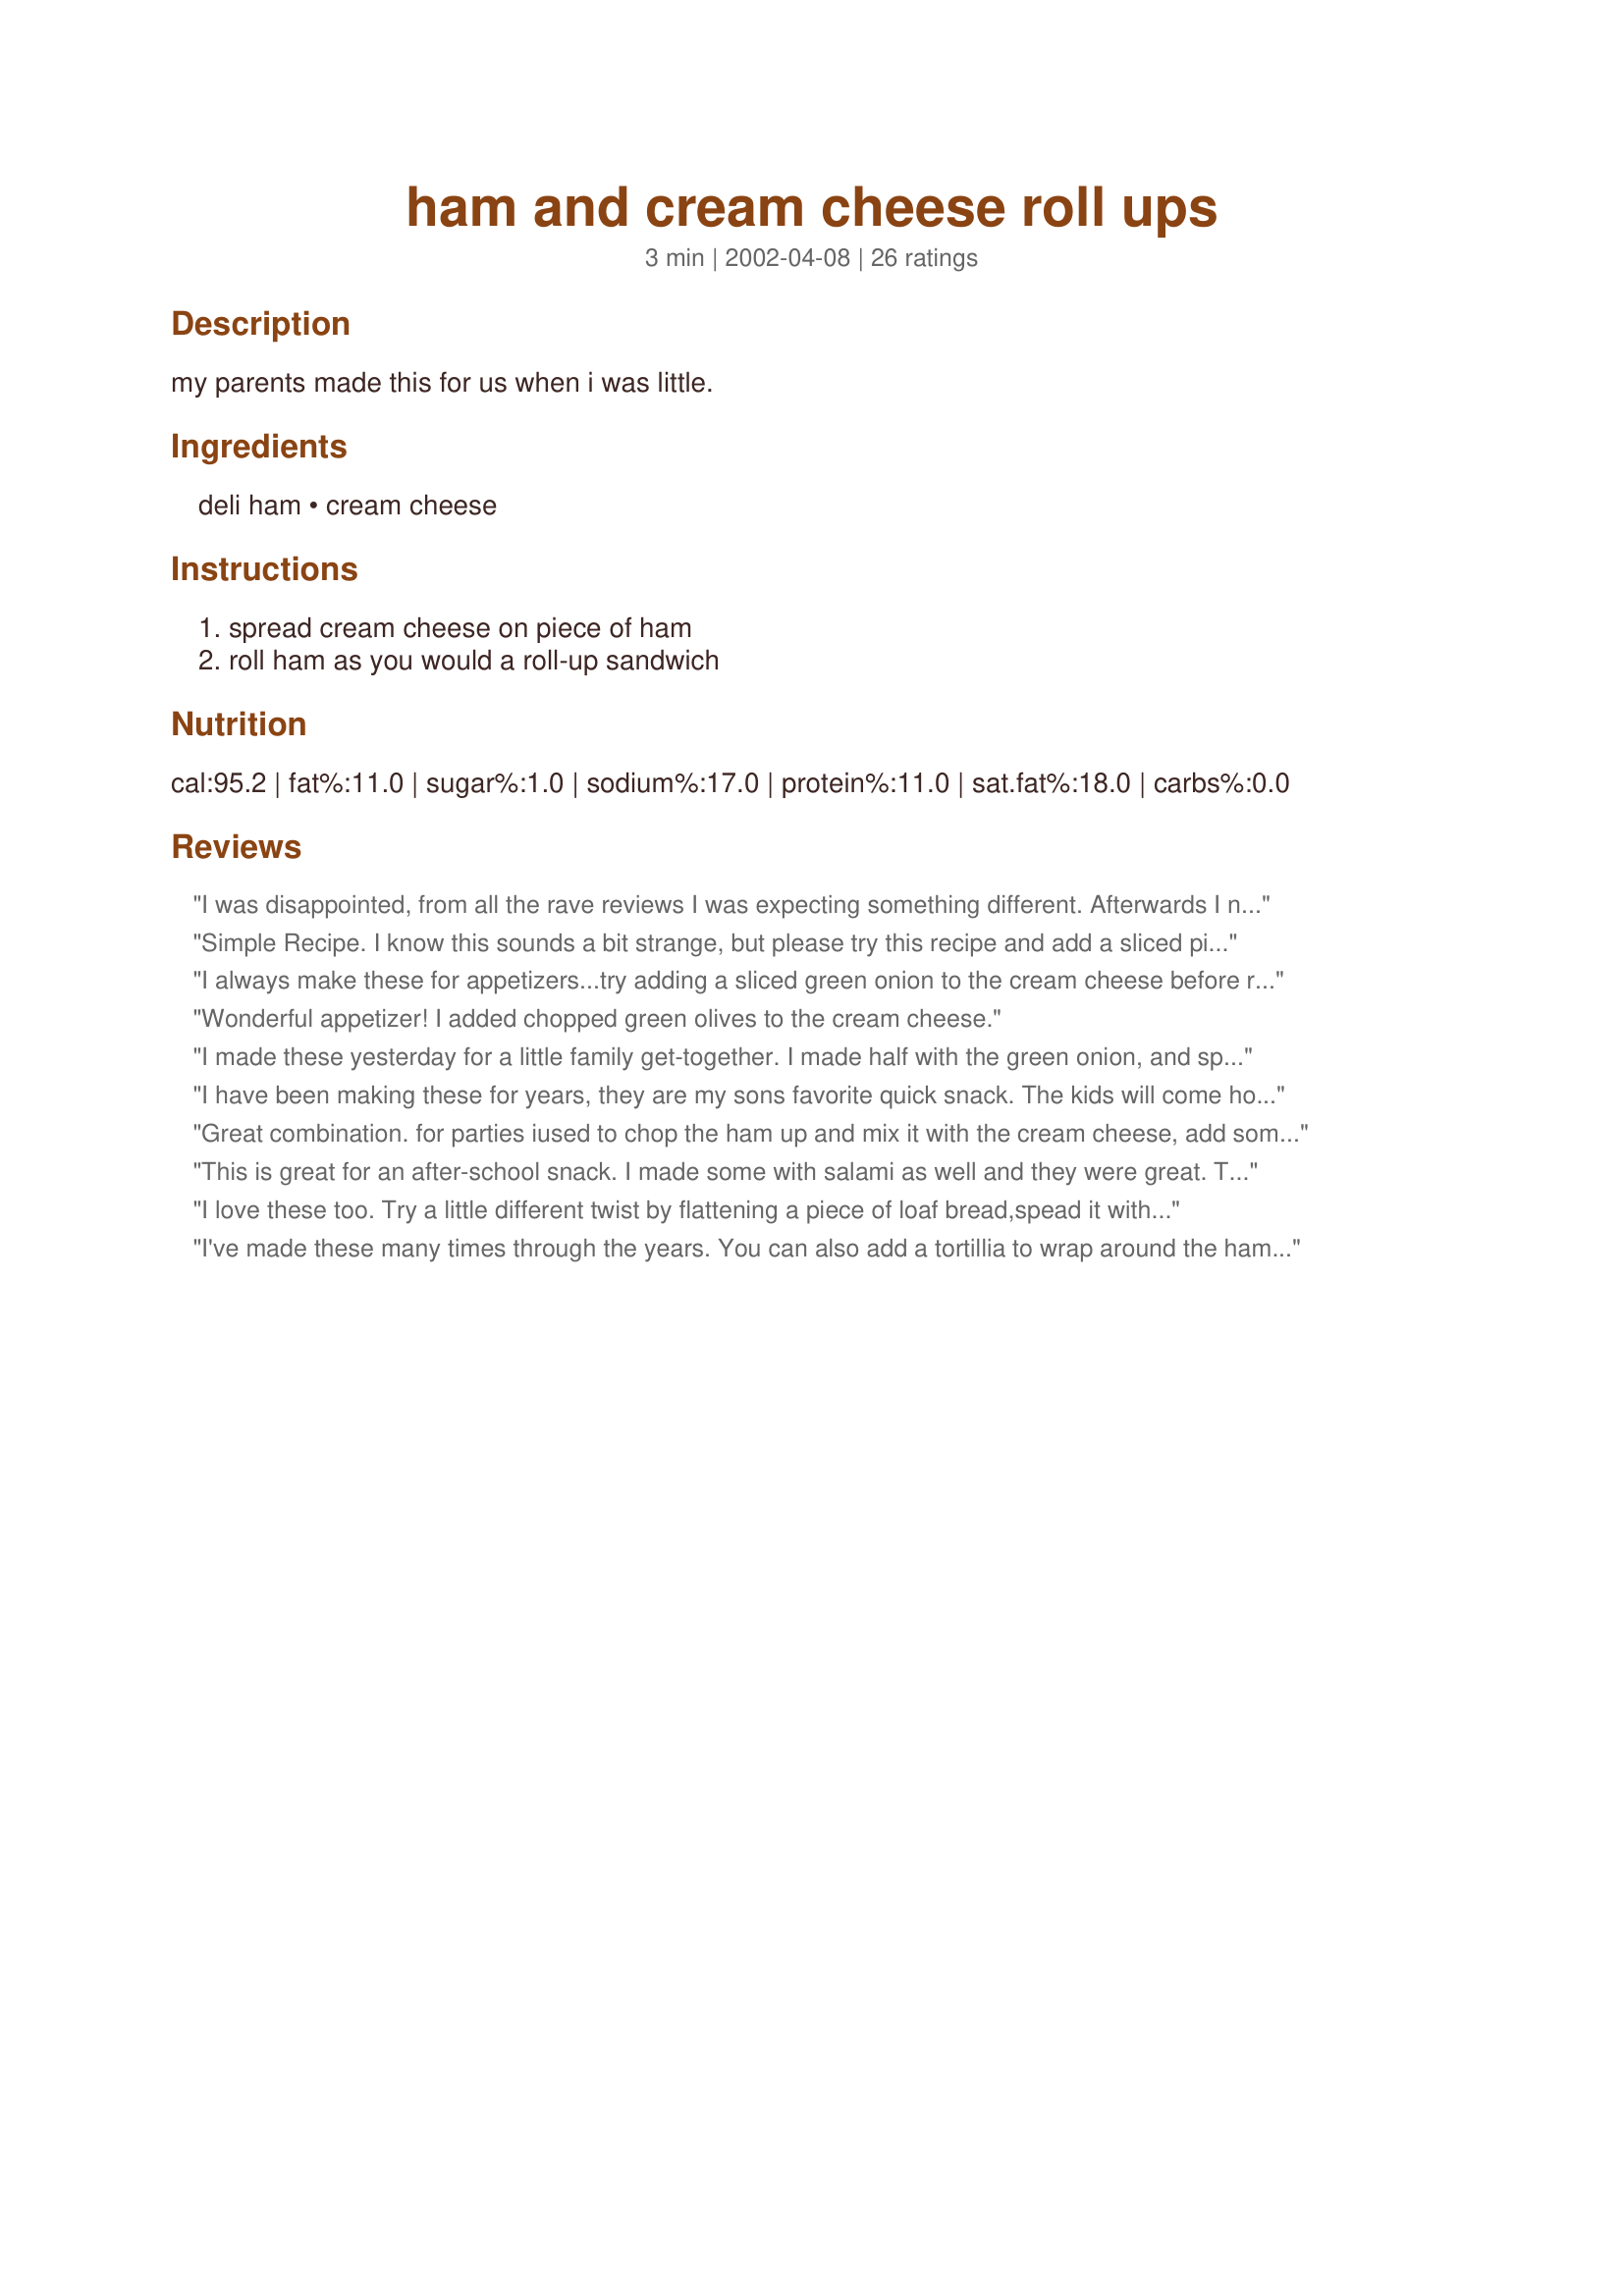
ham and cream cheese roll ups
Preparation time: 3 minutes

my parents made this for us when i was little.

Ingredients:
deli ham, cream cheese

Steps:
spread cream cheese on piece of ham, roll ham as you would a roll-up sandwich

Reviews:
I was disappointed, from all the rave reviews I was expecting something different. Afterwards I noticed most of the reviews had added other ingredients, tortiallas, etc. Which make them totally different recipes, most of which can also be found here on Zaar.
Simple Recipe. I know this sounds a bit strange, but please try this recipe and add a sliced pickle. yes, I said pickle. Strange combination is wonderful.
I always make these for appetizers...try adding a sliced green onion to the cream cheese before rolling up! Delicious! YUM!
Wonderful appetizer! I added chopped green olives to the cream cheese. 


I made these yesterday for a little family get-together. I made half with the green onion, and spread a little bit of sweet pickle relish over the cream cheese for the other half. EVERYONE loved them!! Nobody could decide on which one was better, because they were both sooo good! I think next time I might try adding a little horseradish to the cream cheese for a little kick, and see how that goes. The possibilities are endless!! Thank you for sharing this recipe!
~Manda
I have been making these for years, they are my sons favorite quick snack. The kids will come home from school and whip these up. Thank you for posting.
 Great combination. for parties iused to chop the ham up and mix it with the cream cheese, add some ranch and roll it in a tortilla (cut into pin wheels) so cheap and easy!!!thank for reminding me of them.
This is great for an after-school snack. I made some with salami as well and they were great. Thanks for posting : )
I love these too. Try a little different twist by flattening a piece of loaf bread,spead it with cream cheese, ham then add a baby dill pickle and roll up tightly. Chill and slice into disc to serve. Warning: they are addictive.
I've made these many times through the years. You can also add a tortillia to wrap around the ham & cream cheese. Anything you add to the cream cheese will take over the flavor... chives, roasted peppers, or garlic, sundried tomatoes... ect. Wrapped in tortillias, with extra favorite flavors make an excellent apatizer for holidays or any get together
These are so good. Try adding a pickled okra to the cream cheese before rolling up. I wouldn't have touched pickled okra until I "accidently" tasted it in this recipe and was hooked after the first bite not to mentioned shocked I had eaten "pickled" anything! Thanks for posting!
This recipe is also wonderful by mixing in crushed pineapple with the cream cheese, then spreading the cream cheese on a flour tortilla and placing thinnly sliced deli ham on it and rolling it up. Great for a pot luck and very easy to make!!!
We make these for lunch for the kids using cream cheese and chives, bit of mustard and whatever deli meat I have. Also will sandwich 2 tortillas and cut with metal cookie cutters for kid parties (pumpkins, numbers, etc)
These roll ups are great for gatherings. Super easy and delicious. I made these with turkey breast and green onion like other reviewers suggested. Sprinkled with some freshly ground pepper to finish. They were very good!
I made these as an appitizer i just added yellow mustard to the cream cheese and then sliced the rolled up ham into bite sized pieces and skewered with a toothpick. Wonderful. thanks for the inspiration!!!
I just made these for a quick low carb lunch, and they are YUMMY! I will be making these often, and trying the variations posted. Thanks!
My Mom use to make this for me all the time too!! YUM! Fat Free cream cheese doesn't change the taste much, and it is a bit better for you. I LOVE eating these!!!
This must have been big in the '70's because I remember this, too! These are SO GOOD! There is no need to add more ingredients; these are perfect as is. Thanks for bringing back a great memory.
I make these all the time, try adding a dill pickle spear in these before rolling..yummy
I absolutely love these! They are really good with baby dills, or relish in them. I usually put them in a tortilla too and then roll. YUMMY!
I have had these and they are very good! You can lighten the fat content by using low-fat cream cheese and low-fat ham. Putting the green onion in makes it taste very close to the original.
Urp29
I love these!! They're real good with a green onion in the middle, too. Or a Garlic dill pickle. Great recipe, Alicia!
These are really nice. We like to roll them w/ a pickle spear inside. Great snack for unexpected company, or for after-school snacks. Our boys, ages 6 & 4, enjoy making these themselves. Thanks for sharing!
simple and delish, really good on wheat tortillas!
Oh yum.... what a mean thing to do to an expecting mother ;D
YAY!!! I have made this a million times! I like it with cajun seasoning or taco seasoning. MMMM flavored cream cheese.
